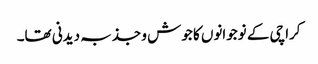
کراچی کے نوجوانوں کا جوش و جذبہ دیدنی تھا۔